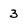
Character: 3